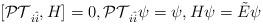
LaTeX: \begin{align*}[\mathcal{PT}_{i\hat{i}} ,H]=0,\mathcal{PT}_{i\hat{i}} \psi=\psi,H\psi=\tilde{E}\psi\end{align*}